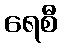
ရေစီ